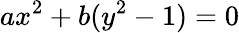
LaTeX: ax^{2}+b(y^{2}-1)=0